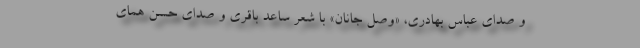
و صدای عباس بهادری، «وصل جانان» با شعر ساعد باقری و صدای حسن همای